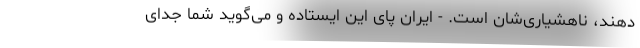
دهند، ناهشیاری‌شان است. - ایران پای این ایستاده و می‌گوید شما جدای